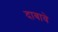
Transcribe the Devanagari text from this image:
दाबावे